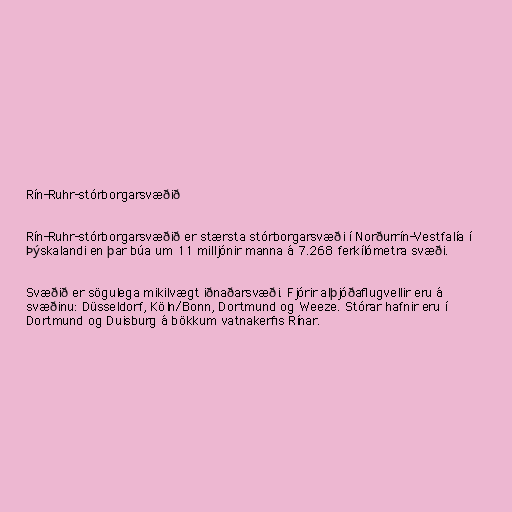
Rín-Ruhr-stórborgarsvæðið

Rín-Ruhr-stórborgarsvæðið er stærsta stórborgarsvæði í Norðurrín-Vestfalía í
Þýskalandi en þar búa um 11 milljónir manna á 7.268 ferkílómetra svæði.

Svæðið er sögulega mikilvægt iðnaðarsvæði. Fjórir alþjóðaflugvellir eru á
svæðinu: Düsseldorf, Köln/Bonn, Dortmund og Weeze. Stórar hafnir eru í
Dortmund og Duisburg á bökkum vatnakerfis Rínar.